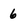
Character: 6